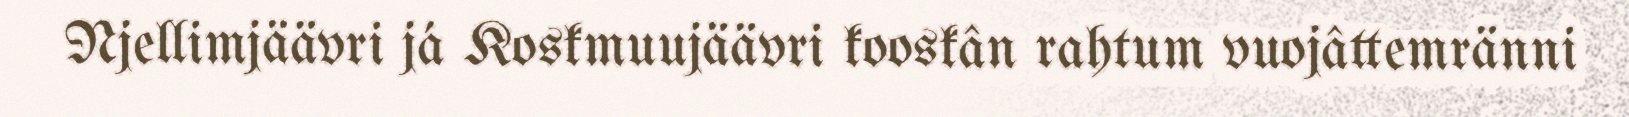
Njellimjäävri já Koskmuujäävri kooskân rahtum vuojâttemränni